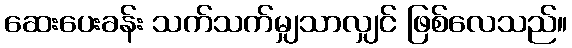
ဆေးပေးခန်း သက်သက်မျှသာလျှင် ဖြစ်လေသည်။